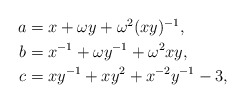
\begin{align*}\begin{aligned}a &= x + \omega y + \omega^2 (xy)^{-1}, \\b &= x^{-1} + \omega y^{-1} + \omega^2 xy, \\c &= xy^{-1} + xy^2 + x^{-2}y^{-1} - 3,\end{aligned}\end{align*}